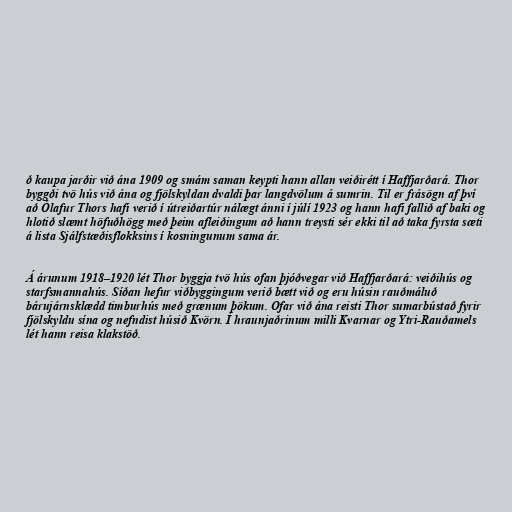
ð kaupa jarðir við ána 1909 og smám saman keypti hann allan veiðirétt í Haffjarðará. Thor
byggði tvö hús við ána og fjölskyldan dvaldi þar langdvölum á sumrin. Til er frásögn af því
að Ólafur Thors hafi verið í útreiðartúr nálægt ánni í júlí 1923 og hann hafi fallið af baki og
hlotið slæmt höfuðhögg með þeim afleiðingum að hann treysti sér ekki til að taka fyrsta sæti
á lista Sjálfstæðisflokksins í kosningunum sama ár.

Á árunum 1918–1920 lét Thor byggja tvö hús ofan þjóðvegar við Haffjarðará: veiðihús og
starfsmannahús. Síðan hefur viðbyggingum verið bætt við og eru húsin rauðmáluð
bárujárnsklædd timburhús með grænum þökum. Ofar við ána reisti Thor sumarbústað fyrir
fjölskyldu sína og nefndist húsið Kvörn. Í hraunjaðrinum milli Kvarnar og Ytri-Rauðamels
lét hann reisa klakstöð.